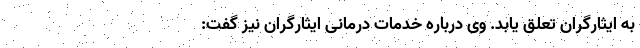
به ایثارگران تعلق یابد. وی درباره خدمات درمانی ایثارگران نیز گفت: